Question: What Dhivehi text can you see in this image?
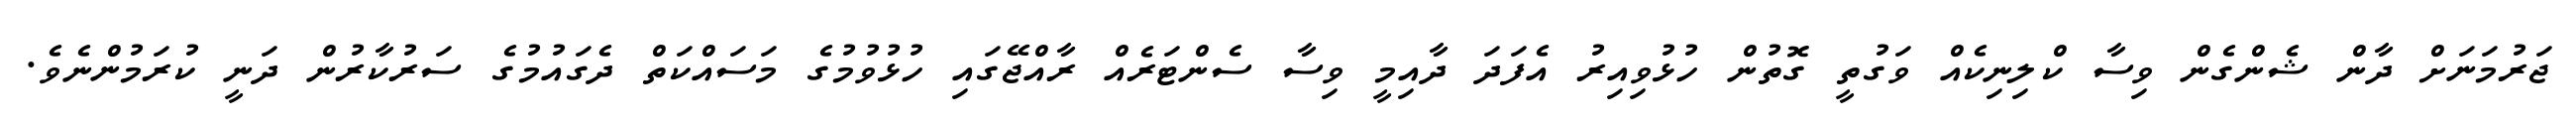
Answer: ޖަރުމަނަށް ދާން ޝެންގެން ވިސާ ކްލިނިކެއް ވަގުތީ ގޮތުން ހުޅުވިއިރު އެފަދަ ދާއިމީ ވިސާ ސެންޓަރެއް ރާއްޖޭގައި ހުޅުވުމުގެ މަސައްކަތް ދެގައުމުގެ ސަރުކާރުން ދަނީ ކުރަމުންނެވެ.